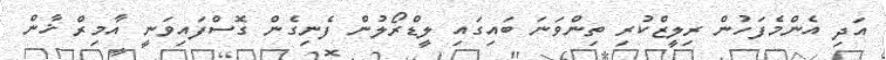
އަދި އެންމެފަހުން ރިލީޒްކުރި ތިންވަނަ ބައިގައި ލީޑްރޯލުން ފެނިގެން ގޮސްފައިވަނީ އާމިރް ޚާން